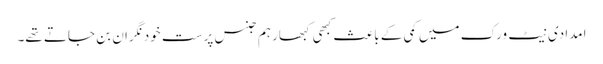
امدادی نیٹ ورک میں کمی کے باعث کبھی کبھار ہم جنس پرست خود نگران بن جاتے تھے۔